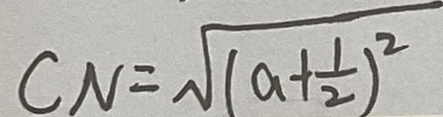
C N = \sqrt { ( a + \frac { 1 } { 2 } ) ^ { 2 } }